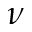
\nu